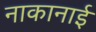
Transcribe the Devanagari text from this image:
नाकानाई